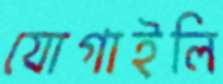
যোগাইলি